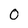
Character: 0